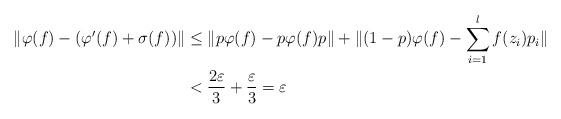
LaTeX: \begin{align*}\| \varphi (f) - (\varphi^{\prime}(f) + \sigma (f)) \| & \leq \| p\varphi (f)- p\varphi (f)p \| + \| (1-p) \varphi (f) - \sum_{i=1}^l f(z_i)p_i \| \\& < \frac{2\varepsilon}{3} + \frac{\varepsilon}{3} = \varepsilon \end{align*}